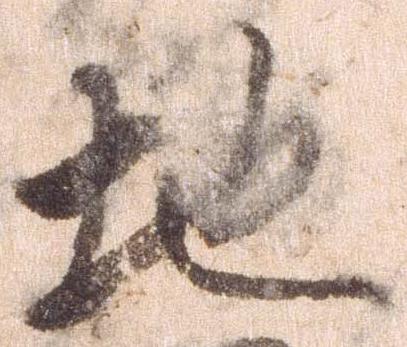
地